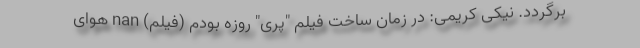
برگردد. نیکی کریمی: در زمان ساخت فیلم "پری" روزه بودم (فیلم) nan هوای